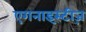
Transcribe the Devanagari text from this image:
एगनाइस्टीज़